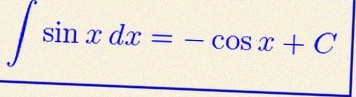
\int \sin x\,dx=-\cos x+C